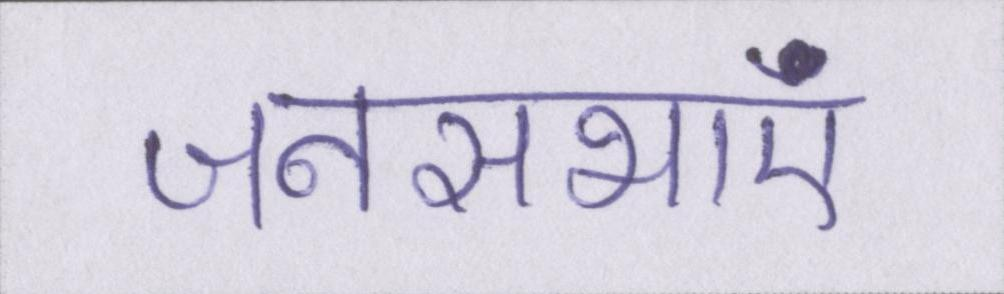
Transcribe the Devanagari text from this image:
जनसभाएं